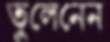
তুলেনেন